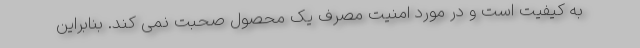
به کیفیت است و در مورد امنیت مصرف یک محصول صحبت نمی کند. بنابراین